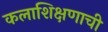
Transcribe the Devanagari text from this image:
कलाशिक्षणाची